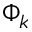
\Phi _ { k }